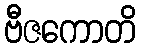
ဗီဇကောတိ